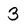
Character: 3